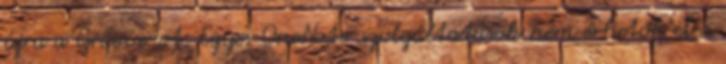
újra a Groove-ot. Egyes OneNote-szolgáltatások nem érhetők el a